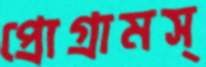
প্রোগ্রামস্